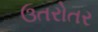
ઉતરોતર